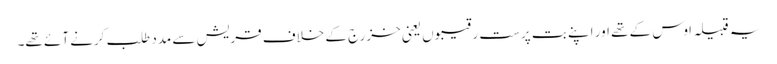
یہ قبیلہ اَوس کے تھے اور اپنے بت پرست رقیبوں یعنی خزرج کے خلاف قریش سے مدد طلب کرنے آئے تھے۔